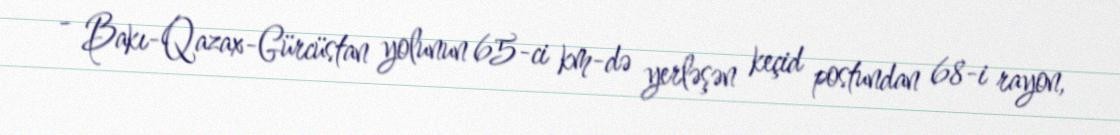
- Bakı-Qazax-Gürcüstan yolunun 65-ci km-də yerləşən keçid postundan 68-i rayon,